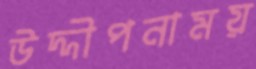
উদ্দীপনাময়